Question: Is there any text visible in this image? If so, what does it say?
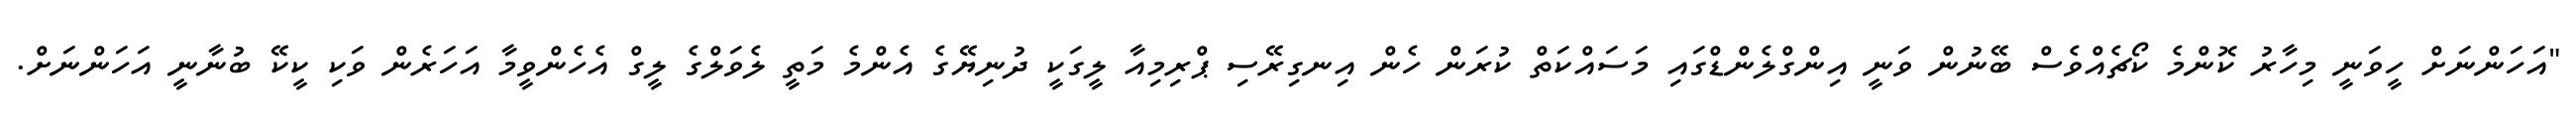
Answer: "އަހަންނަށް ހީވަނީ މިހާރު ކޮންމެ ކޯޗެއްވެސް ބޭނުން ވަނީ އިންގްލެންޑްގައި މަސައްކަތް ކުރަން ހެން އިނގިރޭސި ޕްރިމިއާ ލީގަކީ ދުނިޔޭގެ އެންމެ މަތީ ލެވަލްގެ ލީގް އެހެންވީމާ އަހަރެން ވަކި ކީކޭ ބުނާނީ އަހަންނަށް.